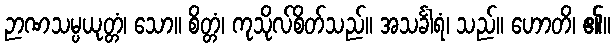
ဉာဏသမ္ပယုတ္တံ၊ သော။ စိတ္တံ၊ ကုသိုလ်စိတ်သည်။ အသင်္ခါရံ၊ သည်။ ဟောတိ၊ ၏။